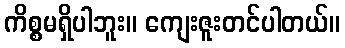
ကိစ္စမရှိပါဘူး။ ကျေးဇူးတင်ပါတယ်။